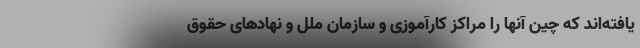
یافته‌اند که چین آنها را مراکز کارآموزی و سازمان ملل و نهادهای حقوق